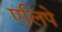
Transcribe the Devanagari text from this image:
एलिपे